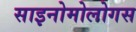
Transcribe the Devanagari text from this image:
साइनोमोलोगस